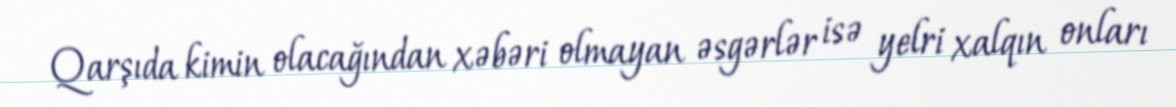
Qarşıda kimin olacağından xəbəri olmayan əsgərlər isə yelri xalqın onları